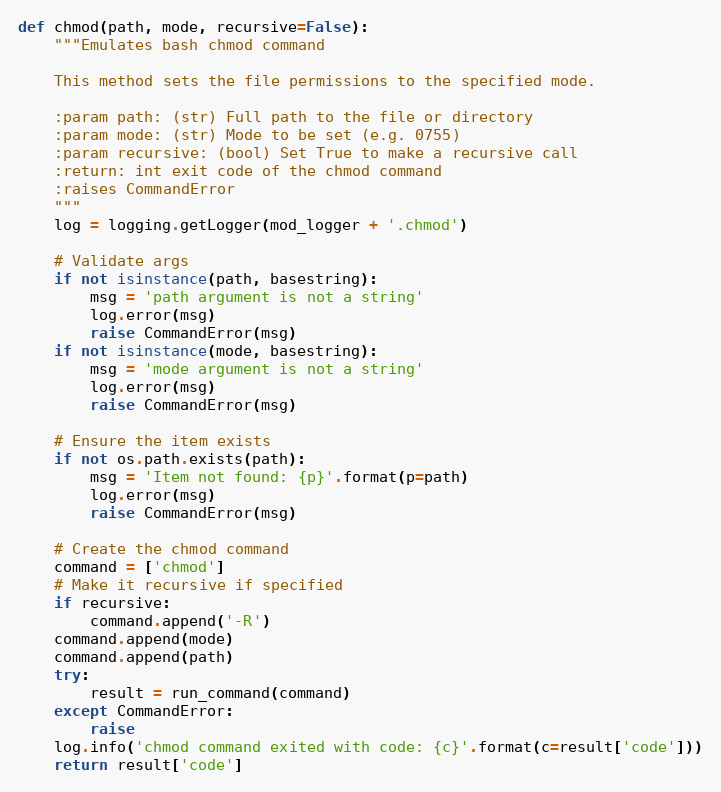
Language: Python
def chmod(path, mode, recursive=False):
    """Emulates bash chmod command

    This method sets the file permissions to the specified mode.

    :param path: (str) Full path to the file or directory
    :param mode: (str) Mode to be set (e.g. 0755)
    :param recursive: (bool) Set True to make a recursive call
    :return: int exit code of the chmod command
    :raises CommandError
    """
    log = logging.getLogger(mod_logger + '.chmod')

    # Validate args
    if not isinstance(path, basestring):
        msg = 'path argument is not a string'
        log.error(msg)
        raise CommandError(msg)
    if not isinstance(mode, basestring):
        msg = 'mode argument is not a string'
        log.error(msg)
        raise CommandError(msg)

    # Ensure the item exists
    if not os.path.exists(path):
        msg = 'Item not found: {p}'.format(p=path)
        log.error(msg)
        raise CommandError(msg)

    # Create the chmod command
    command = ['chmod']
    # Make it recursive if specified
    if recursive:
        command.append('-R')
    command.append(mode)
    command.append(path)
    try:
        result = run_command(command)
    except CommandError:
        raise
    log.info('chmod command exited with code: {c}'.format(c=result['code']))
    return result['code']